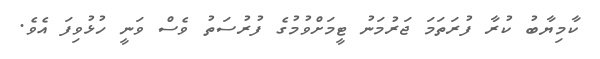
ކާމިޔާބު ކުރާ ފުރަތަމަ ޖަރުމަނު ޓީމަށްވުމުގެ ފުރުސަތު ވެސް ވަނީ ހުޅުވިފަ އެވެ.